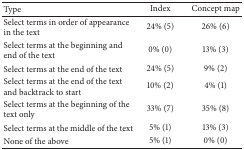
<table><thead><tr><td><b>Type</b></td><td><b>Index</b></td><td><b>Concept map</b></td></tr></thead><tbody><tr><td>Select terms in order of appearance in the text</td><td>24% (5)</td><td>26% (6)</td></tr><tr><td>Select terms at the beginning and end of the text</td><td> 0% (0)</td><td>13% (3)</td></tr><tr><td>Select terms at the end of the text</td><td>24% (5)</td><td> 9% (2)</td></tr><tr><td>Select terms at the end of the text and backtrack to start</td><td>10% (2)</td><td> 4% (1)</td></tr><tr><td>Select terms at the beginning of the text only</td><td>33% (7)</td><td>35% (8)</td></tr><tr><td>Select terms at the middle of the text</td><td> 5% (1)</td><td>13% (3)</td></tr><tr><td>None of the above</td><td> 5% (1)</td><td> 0% (0)</td></tr></tbody></table>